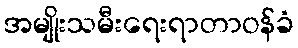
အမျိုးသမီးရေးရာတာဝန်ခံ